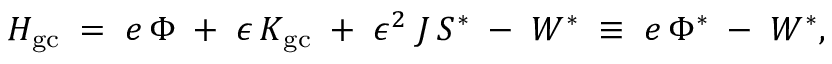
{ \cal H } _ { \mathrm { g c } } \; = \; e \, \Phi \; + \; \epsilon \, K _ { \mathrm { g c } } \; + \; \epsilon ^ { 2 } \; J \, { \cal S } ^ { * } \; - \; W ^ { * } \; \equiv \; e \, \Phi ^ { * } \; - \; W ^ { * } ,